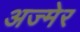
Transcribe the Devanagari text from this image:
अज्मेर